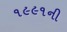
૧૯૯૧ની